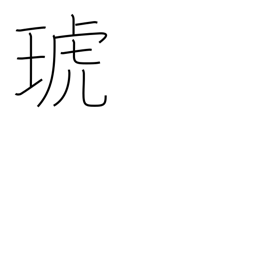
Meaning: jewelled utensil